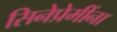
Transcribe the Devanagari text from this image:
सिनेप्रेमींना